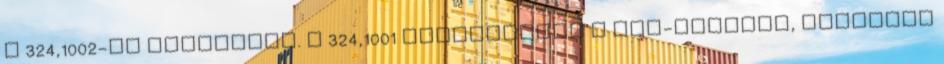
a 324,1002-re számozták. A 324,1001 pályaszámot a MÁV-eredetű, kompaund